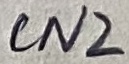
Text: CN2